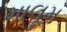
માલૂમ